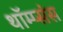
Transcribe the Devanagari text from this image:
थॉम्प्संस